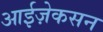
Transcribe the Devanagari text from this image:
आईज़ेकसन